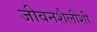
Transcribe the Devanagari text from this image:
जीवनशैलीशी